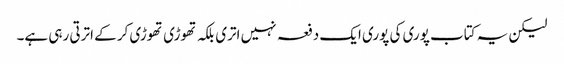
لیکن یہ کتاب پوری کی پوری ایک دفعہ نہیں اتری بلکہ تھوڑی تھوڑی کر کے اترتی رہی ہے۔